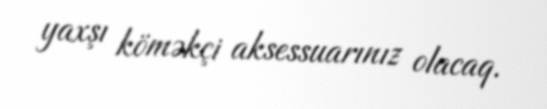
yaxşı köməkçi aksessuarınız olacaq.